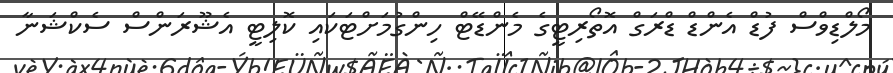
މޯލްޑިވްސް ފުޑް އެންޑް ޑްރަގް އޮތޯރިޓީގެ މެންޑޭޓް ހިންގުމަށްޓަކައި ކޮލިޓީ އެޝޫރަންސް ސެކްޝަނާ